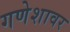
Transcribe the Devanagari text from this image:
गणेशावर